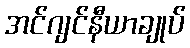
အင်ဂျင်နီယာချုပ်